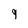
Character: 9